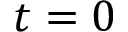
t = 0